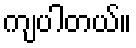
ကျပါတယ်။